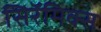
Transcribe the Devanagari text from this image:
सिरॅमिक्स